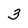
Character: 3